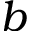
b